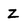
Character: Z